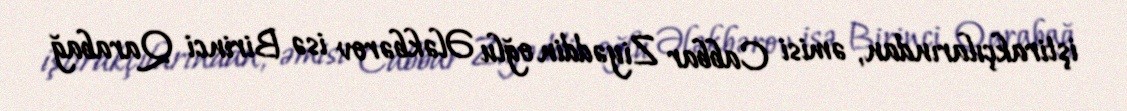
iştirakçılarından, əmisi Cabbar Ziyəddin oğlu Ələkbərov isə Birinci Qarabağ